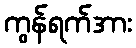
ကွန်ရက်အား